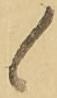
候